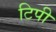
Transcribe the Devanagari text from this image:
टिपी